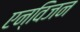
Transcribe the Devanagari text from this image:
एन्विजन